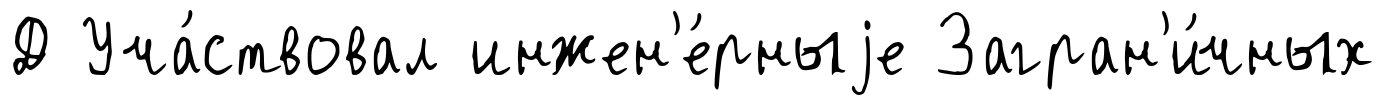
Д Уча́ствовал инжен'е́рныjе Загран'и́чных